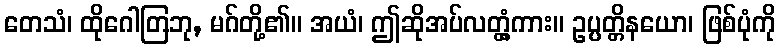
တေသံ၊ ထိုဂေါတြဘု, မဂ်တို့၏။ အယံ၊ ဤဆိုအပ်လတ္တံ့ကား။ ဥပ္ပတ္တိနယော၊ ဖြစ်ပုံကို